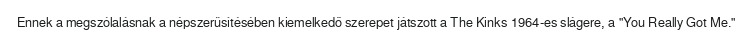
Ennek a megszólalásnak a népszerűsítésében kiemelkedő szerepet játszott a The Kinks 1964-es slágere, a "You Really Got Me."